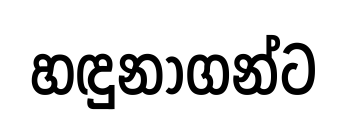
හඳුනාගන්ට